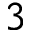
3